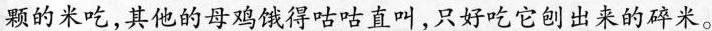
颗的米吃，其他的母鸡饿得咕咕直叫，只好吃它刨出来的碎米。